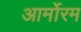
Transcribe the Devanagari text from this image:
आर्मोरम